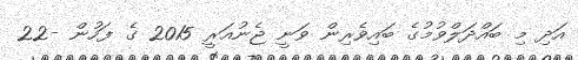
އަދި މި ބައްދަލްވުމުގެ ބައިވެރިން ވަނީ ޖެނުއަރީ 2015 ގެ ފަހުން -22